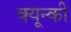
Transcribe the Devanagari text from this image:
क्यून्की